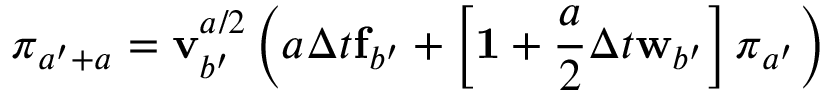
\boldsymbol { \pi } _ { a ^ { \prime } + a _ { } } = \mathbf { v } _ { b ^ { \prime } } ^ { a _ { } / 2 } \left( a _ { } \Delta t { } \mathbf { f } _ { b ^ { \prime } } + \left[ \mathbf { 1 } { } + \frac { a _ { } } { 2 } \Delta t { } \mathbf { w } _ { b ^ { \prime } } \right] \boldsymbol { \pi } _ { a ^ { \prime } } \right)